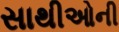
સાથીઓની